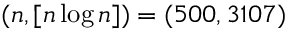
( n , [ n \log n ] ) = ( 5 0 0 , 3 1 0 7 )